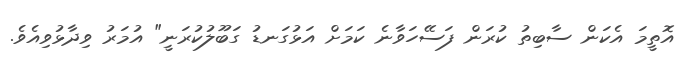
އޮތީމަ އެކަން ސާބިތު ކުރަން ފަސޭހަވާނެ ކަމަށް އަޅުގަނޑު ގަބޫލުކުރަނީ" އުމަރު ވިދާޅުވިއެވެ.